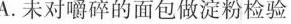
A.未对嚼碎的面包做淀粉检验